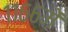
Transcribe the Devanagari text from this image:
११६६में